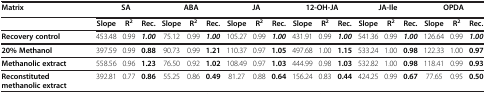
<table><thead><tr><td><b>Matrix</b></td><td colspan="3"><b>SA</b></td><td colspan="3"><b>ABA</b></td><td colspan="3"><b>JA</b></td><td colspan="3"><b>12-OH-JA</b></td><td colspan="3"><b>JA-Ile</b></td><td colspan="3"><b>OPDA</b></td></tr></thead><tbody><tr><td> </td><td><b>Slope</b></td><td><b>R</b><sup><b>2</b></sup></td><td><b>Rec.</b></td><td><b>Slope</b></td><td><b>R</b><sup><b>2</b></sup></td><td><b>Rec.</b></td><td><b>Slope</b></td><td><b>R</b><sup><b>2</b></sup></td><td><b>Rec.</b></td><td><b>Slope</b></td><td><b>R</b><sup><b>2</b></sup></td><td><b>Rec.</b></td><td><b>Slope</b></td><td><b>R</b><sup><b>2</b></sup></td><td><b>Rec.</b></td><td><b>Slope</b></td><td><b>R</b><sup><b>2</b></sup></td><td><b>Rec.</b></td></tr><tr><td><b>Recovery control</b></td><td>453.48</td><td>0.99</td><td><b><i>1.00</i></b></td><td>75.12</td><td>0.99</td><td><b><i>1.00</i></b></td><td>105.27</td><td>0.99</td><td><b><i>1.00</i></b></td><td>431.91</td><td>0.99</td><td><b><i>1.00</i></b></td><td>541.36</td><td>0.99</td><td><b><i>1.00</i></b></td><td>126.64</td><td>0.99</td><td><b><i>1.00</i></b></td></tr><tr><td><b>20% Methanol</b></td><td>397.59</td><td>0.99</td><td><b>0.88</b></td><td>90.73</td><td>0.99</td><td><b>1.21</b></td><td>110.37</td><td>0.97</td><td><b>1.05</b></td><td>497.68</td><td>1.00</td><td><b>1.15</b></td><td>533.24</td><td>1.00</td><td><b>0.98</b></td><td>122.33</td><td>1.00</td><td><b>0.97</b></td></tr><tr><td><b>Methanolic extract</b></td><td>558.56</td><td>0.96</td><td><b>1.23</b></td><td>76.50</td><td>0.92</td><td><b>1.02</b></td><td>108.49</td><td>0.97</td><td><b>1.03</b></td><td>444.99</td><td>0.98</td><td><b>1.03</b></td><td>532.82</td><td>1.00</td><td><b>0.98</b></td><td>118.41</td><td>0.99</td><td><b>0.93</b></td></tr><tr><td><b>Reconstituted methanolic extract</b></td><td>392.81</td><td>0.77</td><td><b>0.86</b></td><td>55.25</td><td>0.86</td><td><b>0.49</b></td><td>81.27</td><td>0.88</td><td><b>0.64</b></td><td>156.24</td><td>0.83</td><td><b>0.44</b></td><td>424.25</td><td>0.99</td><td><b>0.67</b></td><td>77.65</td><td>0.95</td><td><b>0.50</b></td></tr></tbody></table>